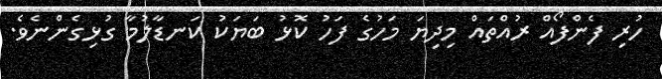
ހުރި ފެންފޯއް ރުއްތައް މިދިޔަ މަހުގެ ފަހު ކޮޅު ބަޔަކު ކަނޑާލުމާ ގުޅިގެންނެވެ.